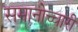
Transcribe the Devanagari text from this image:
समानोच्चारी